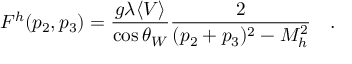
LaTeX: F ^ { h } ( p _ { 2 } , p _ { 3 } ) = { \frac { g \lambda \langle V \rangle } { \cos \theta _ { W } } } { \frac { 2 } { ( p _ { 2 } + p _ { 3 } ) ^ { 2 } - M _ { h } ^ { 2 } } } \quad .